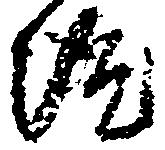
院